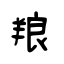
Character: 羪